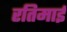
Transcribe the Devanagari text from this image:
रतिमाई